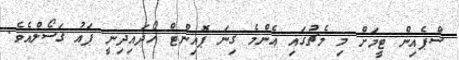
ސްޕެއިން ޓީމަށް މި މެޗުގައި އެންމެ ގިނަ ޕޮއިންޓް ހޯދައިދިނީ ޕައު ގަސޯލްއެވެ.